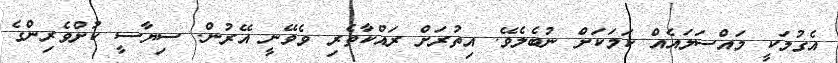
އެގުމަކީ މައްސަލައެއް ކަމަކަށް ނުބެލެވޭ. އިތުރަށް ރައްކާތެރި ވެވޭނީ އޭރުން. ސިޔާސީ ކުށްވެރިންގެ